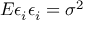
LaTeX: E \epsilon _ { i } \epsilon _ { i } = \sigma ^ { 2 }